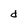
Character: d